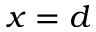
x = d